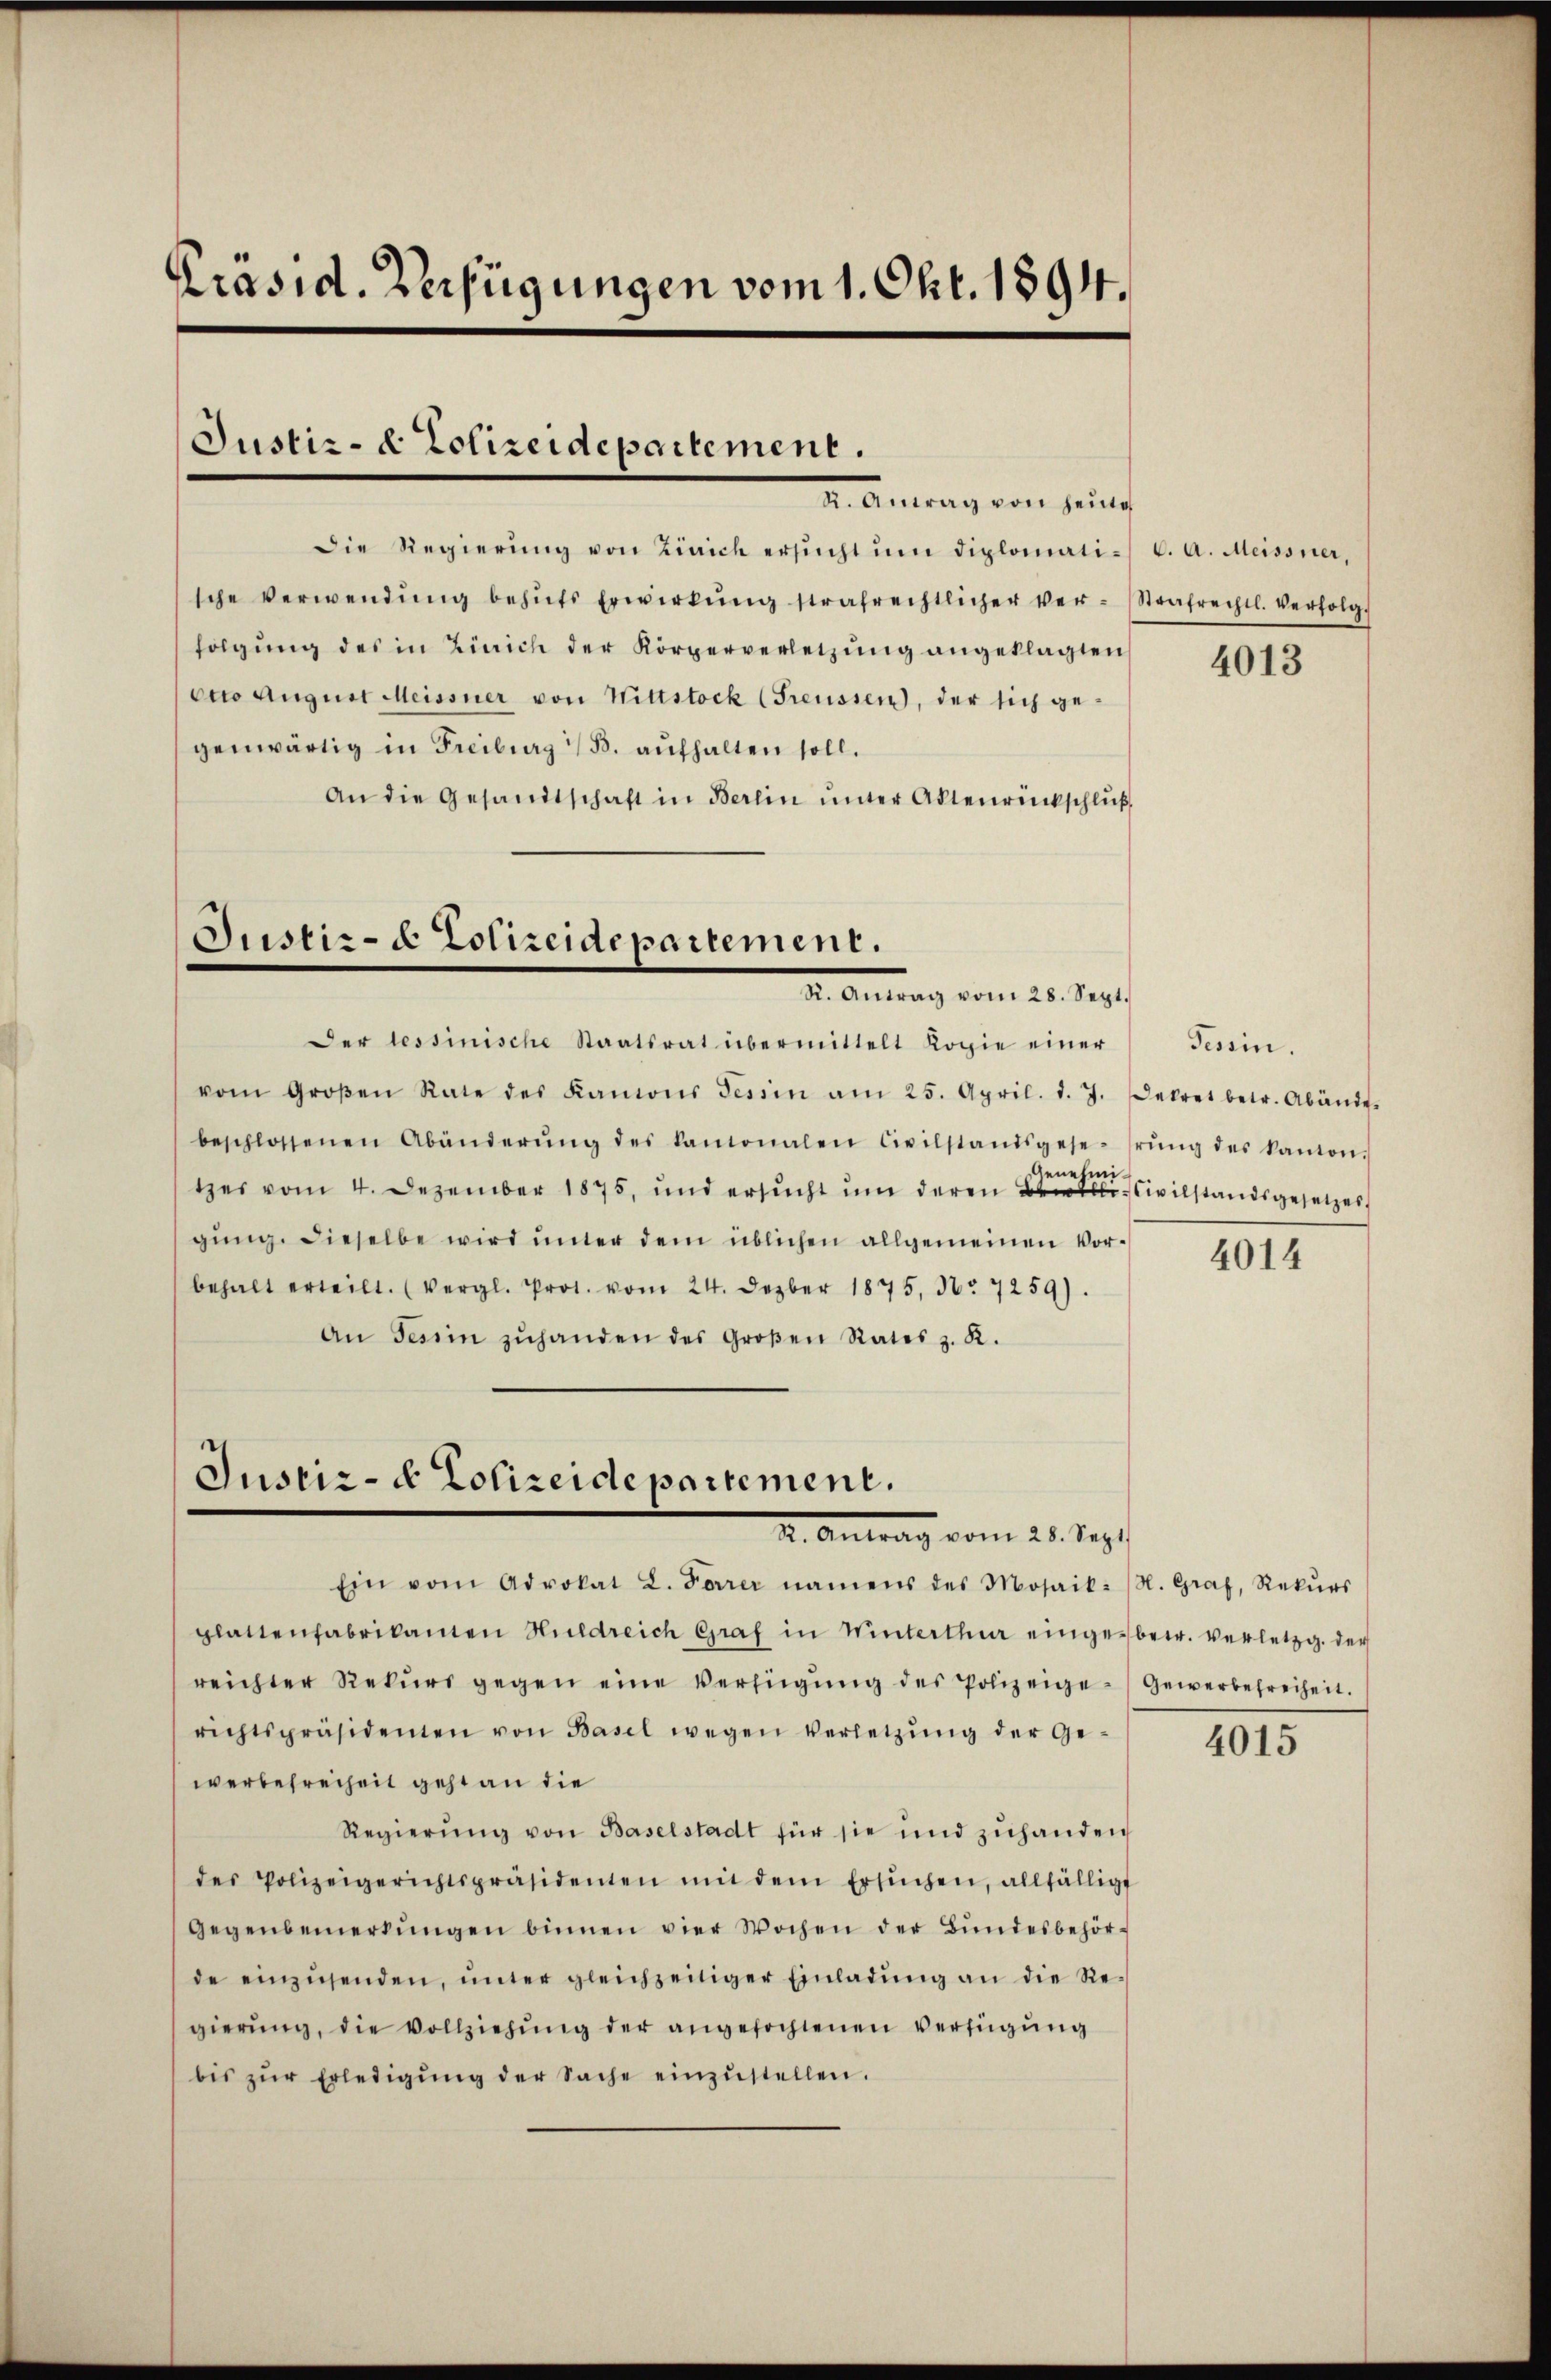
Präsid. Verfügungen vom 1. Okt. 1894.

Die Regierung von Zürich ersucht um diplomatische Verwendŭng behŭfs Erwirkŭng strafrechtlicher ver-Strafrechtl. Verfolg
folgung des in Zürich der Körperverletzung angeklagten
ctro August Meissner von Wittstock (Freussen, der sich gegenwärtig in Freiburg (d. aŭfhalten soll.
An die Gesandtschaft in Berlin ŭnter Aktenrückschlŭβ

Justiz- & Polizeidepartement.
I. Antrag von seine

Justiz- & Polizeidepartement.
I. Antrag vom 20. Sept.

Der Tessinische Staatsrat übermittelt Kopie einer
Genehmitzes vom 4. Dezember 1875, und ersŭcht ŭm deren Civilstandsgesetzes,
gŭng. Dieselbe wird unter dem üblichen allgemeinen Vorbehalt erteilt. (Vergl. Prot. vom 24. Dezbr 1875, Nr. 7259).
An Tessin zŭhanden des Großen Rates z. K.

vom Großen Rate des Kamons Tessin am 25. April. d. 7. Dekret betr. Abände
beschlossenen Abänderŭng des kamonalen Civilstandsgese-srŭng des kanton.

Justiz- & Polizeidepartement.
2. Antrag vom 25. Sept.

Ein vom Advokat L. Forrer namens des Mosaik- (N. Graf, Rekŭrs
glattenfabrikamen Huldreich Graf in Winterthur eingebetr. verletzg. der
reichter Rekŭrs gegen eine Verfügŭng des Polizeige-Gewerbefreiheit.
richtspräsidenten von Basel wegen Verletzŭng der Ge-
werbefreiheit geht an die
Regierŭng von Baselstadt für sie und zuhanden
des Polizeigerichtspräsidenten mit dem ersŭchen, allfälligt
Gegenbemerkŭngen binnen vier Wochen der Bŭndesbehör-
de einzŭsenden, ŭnter gleichzeitiger Einladŭng an die Re-
gierŭng, die Vollziehŭng der angefochtenen Verfügung
bis zŭr Erledigŭng der Sache einzŭstellen.

C. A. Meissner,

4013

Tessin.

4014

4015